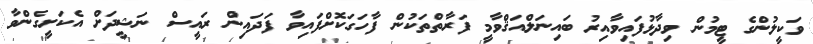
ވަކީލުންގެ ޓީމުން ވިދާޅުފައިވާއިރު ބައިނަލްއަޤްވާމީ ފަރާތްތަކުން ފާހަގަކޮށްފައިވާ ފަދައިން ރައީސް ނަޝީދަށް އެކަށީގެންވާ